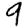
Digit: 9